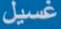
غسيل